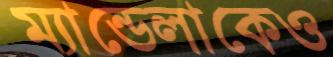
ম্যান্ডেলাকেও